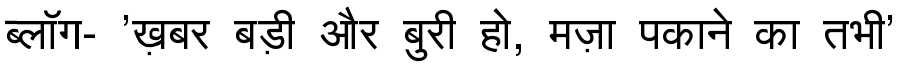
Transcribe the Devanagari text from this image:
ब्लॉग- 'ख़बर बड़ी और बुरी हो, मज़ा पकाने का तभी'